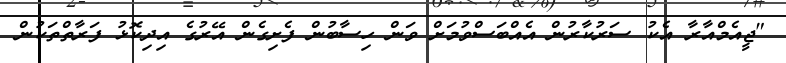
"ޖީއެމްއާރާ އެކު ސަރުކާރުން އެއްބަސްވުމަށް ވަން ހިސާބުން ފެށިގެން އޭރުގެ އިދިކޮޅު ފަރާތްތަކުން